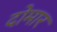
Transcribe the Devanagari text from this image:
दोमार